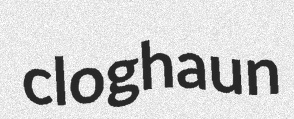
cloghaun